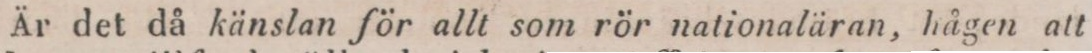
Är det då känslan för allt som rör nationaläran, hågen att